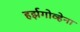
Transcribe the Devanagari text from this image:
हर्झगोव्हेना